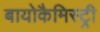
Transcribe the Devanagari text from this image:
बायोकैमिस्ट्री